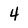
Character: 4